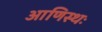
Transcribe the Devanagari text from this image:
आणिस्थः